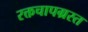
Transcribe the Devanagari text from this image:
रक्तचापग्रस्त